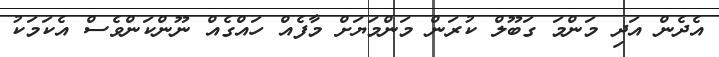
އެދެން އަދި މަންމަ ގަބޫލް ކުރަން މަންމަޔަށް މާފެއް ހައްގެއް ނޫންކަންވެސް އެކަމަކު